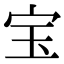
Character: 宝